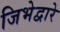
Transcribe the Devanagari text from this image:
जिभेद्वारे